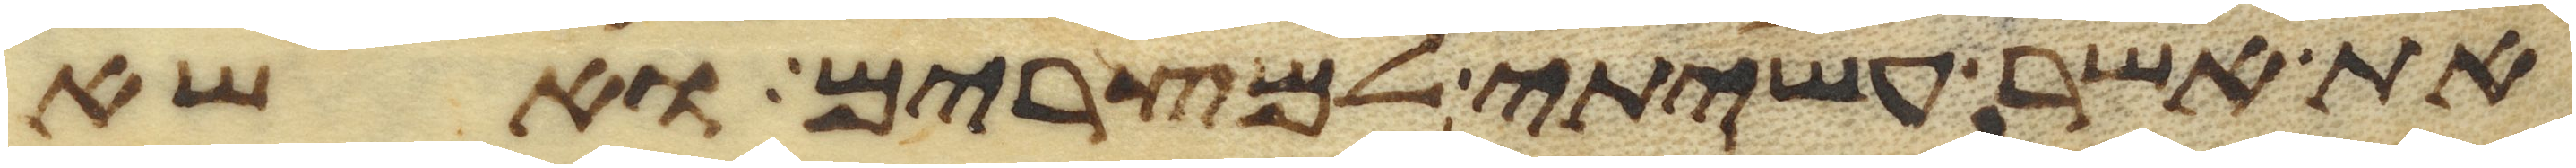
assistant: את אשר עשיתי למצרים ואשא